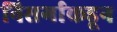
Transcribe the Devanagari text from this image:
निसर्गाकडून